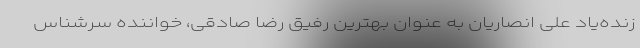
زنده‌یاد علی انصاریان به عنوان بهترین رفیق رضا صادقی، خواننده سرشناس